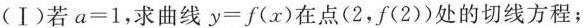
(Ⅰ)若$$a = 1$$，求曲线$$y = f ( x )$$在点(2，f(2))处的切线方程；